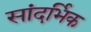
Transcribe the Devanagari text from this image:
सांदर्भिक